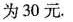
为30元.